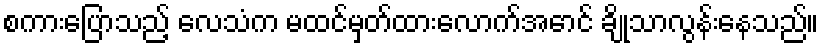
စကားပြောသည့် လေသံက မထင်မှတ်ထားလောက်အောင် ချိုသာလွန်းနေသည်။